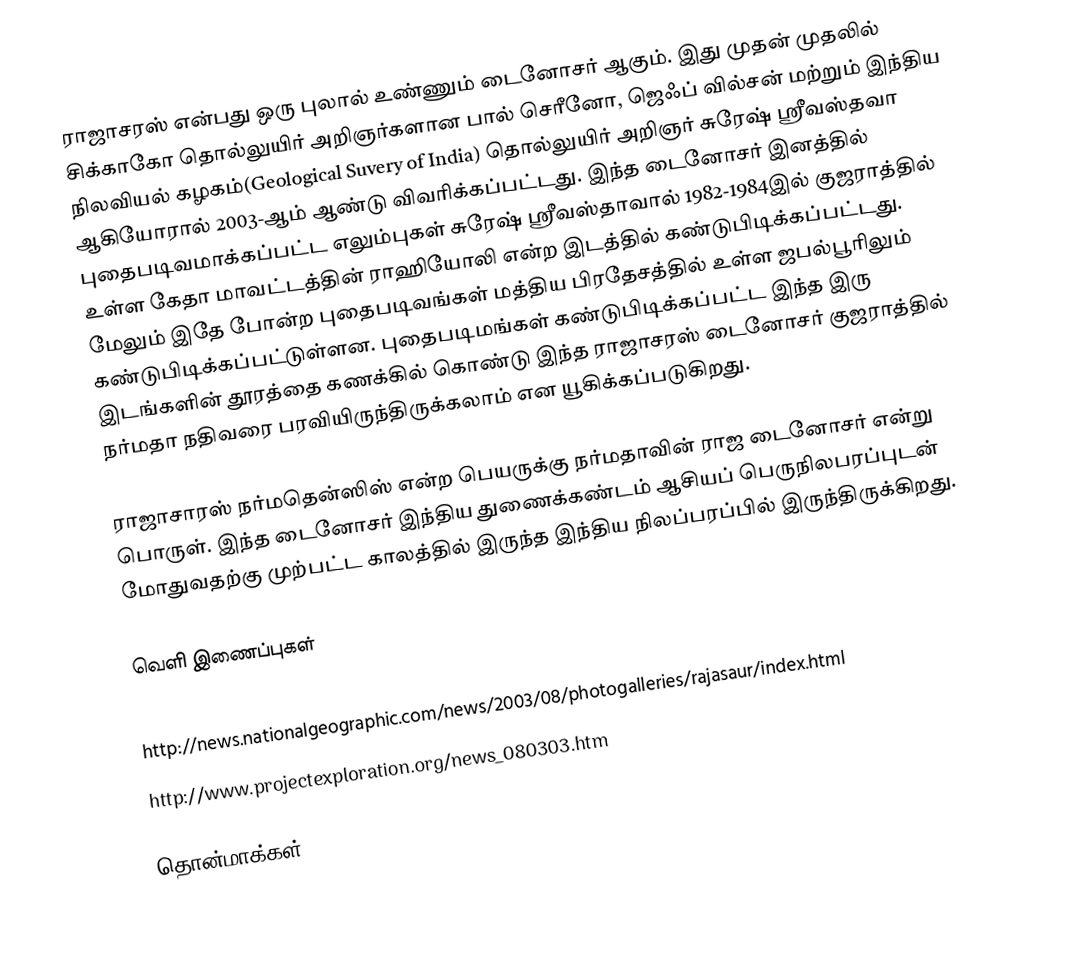
ராஜாசரஸ் என்பது ஒரு புலால் உண்ணும் டைனோசர் ஆகும். இது முதன் முதலில் சிக்காகோ தொல்லுயிர் அறிஞர்களான பால் செரீனோ, ஜெஃப் வில்சன் மற்றும் இந்திய நிலவியல் கழகம்(Geological Suvery of India) தொல்லுயிர் அறிஞர் சுரேஷ் ஸ்ரீவஸ்தவா ஆகியோரால் 2003-ஆம் ஆண்டு விவரிக்கப்பட்டது. இந்த டைனோசர் இனத்தில் புதைபடிவமாக்கப்பட்ட எலும்புகள் சுரேஷ் ஸ்ரீவஸ்தாவால் 1982-1984இல் குஜராத்தில் உள்ள கேதா மாவட்டத்தின் ராஹியோலி என்ற இடத்தில் கண்டுபிடிக்கப்பட்டது. மேலும் இதே போன்ற புதைபடிவங்கள் மத்திய பிரதேசத்தில் உள்ள ஜபல்பூரிலும் கண்டுபிடிக்கப்பட்டுள்ளன. புதைபடிமங்கள் கண்டுபிடிக்கப்பட்ட இந்த இரு இடங்களின் தூரத்தை கணக்கில் கொண்டு இந்த ராஜாசரஸ் டைனோசர் குஜராத்தில் நர்மதா நதிவரை பரவியிருந்திருக்கலாம் என யூகிக்கப்படுகிறது.

ராஜாசாரஸ் நர்மதென்ஸிஸ் என்ற பெயருக்கு நர்மதாவின் ராஜ டைனோசர் என்று பொருள். இந்த டைனோசர் இந்திய துணைக்கண்டம் ஆசியப் பெருநிலபரப்புடன் மோதுவதற்கு முற்பட்ட காலத்தில் இருந்த இந்திய நிலப்பரப்பில் இருந்திருக்கிறது.

வெளி இணைப்புகள்
 http://www.gsi.gov.in/rajasaur.htm
 http://news.nationalgeographic.com/news/2003/08/photogalleries/rajasaur/index.html
 http://www.projectexploration.org/news_080303.htm

தொன்மாக்கள்